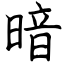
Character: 暗